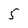
Character: 5